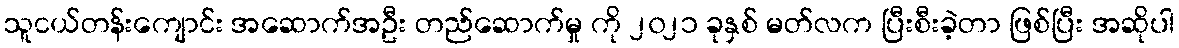
သူငယ်တန်းကျောင်း အဆောက်အဦး တည်ဆောက်မှု ကို ၂၀၂၁ ခုနှစ် မတ်လက ပြီးစီးခဲ့တာ ဖြစ်ပြီး အဆိုပါ